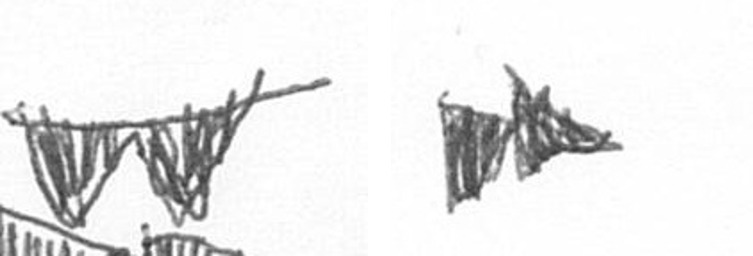
B A